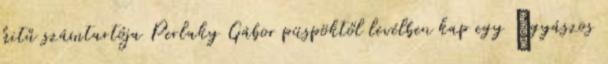
hitű számtartója Perlaky Gábor püspöktől levélben kap egy „gyászos